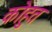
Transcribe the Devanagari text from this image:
कोहुत